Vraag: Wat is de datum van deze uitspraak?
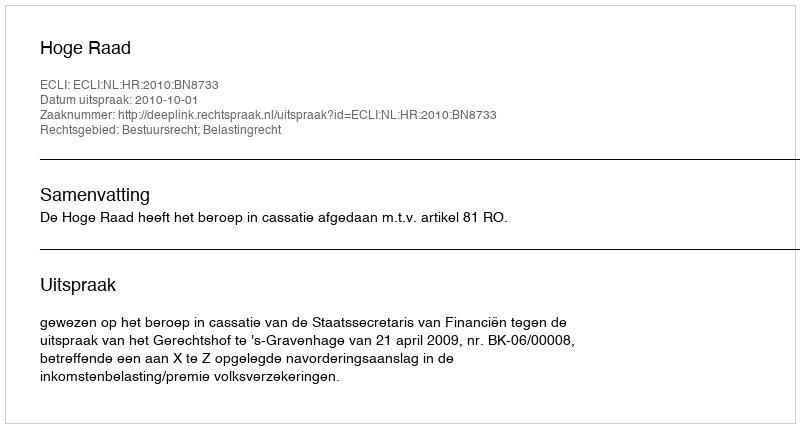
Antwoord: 2010-10-01